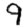
Digit: 9